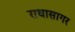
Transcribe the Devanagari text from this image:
राधासागर